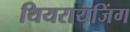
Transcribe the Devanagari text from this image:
थियरायजिंग